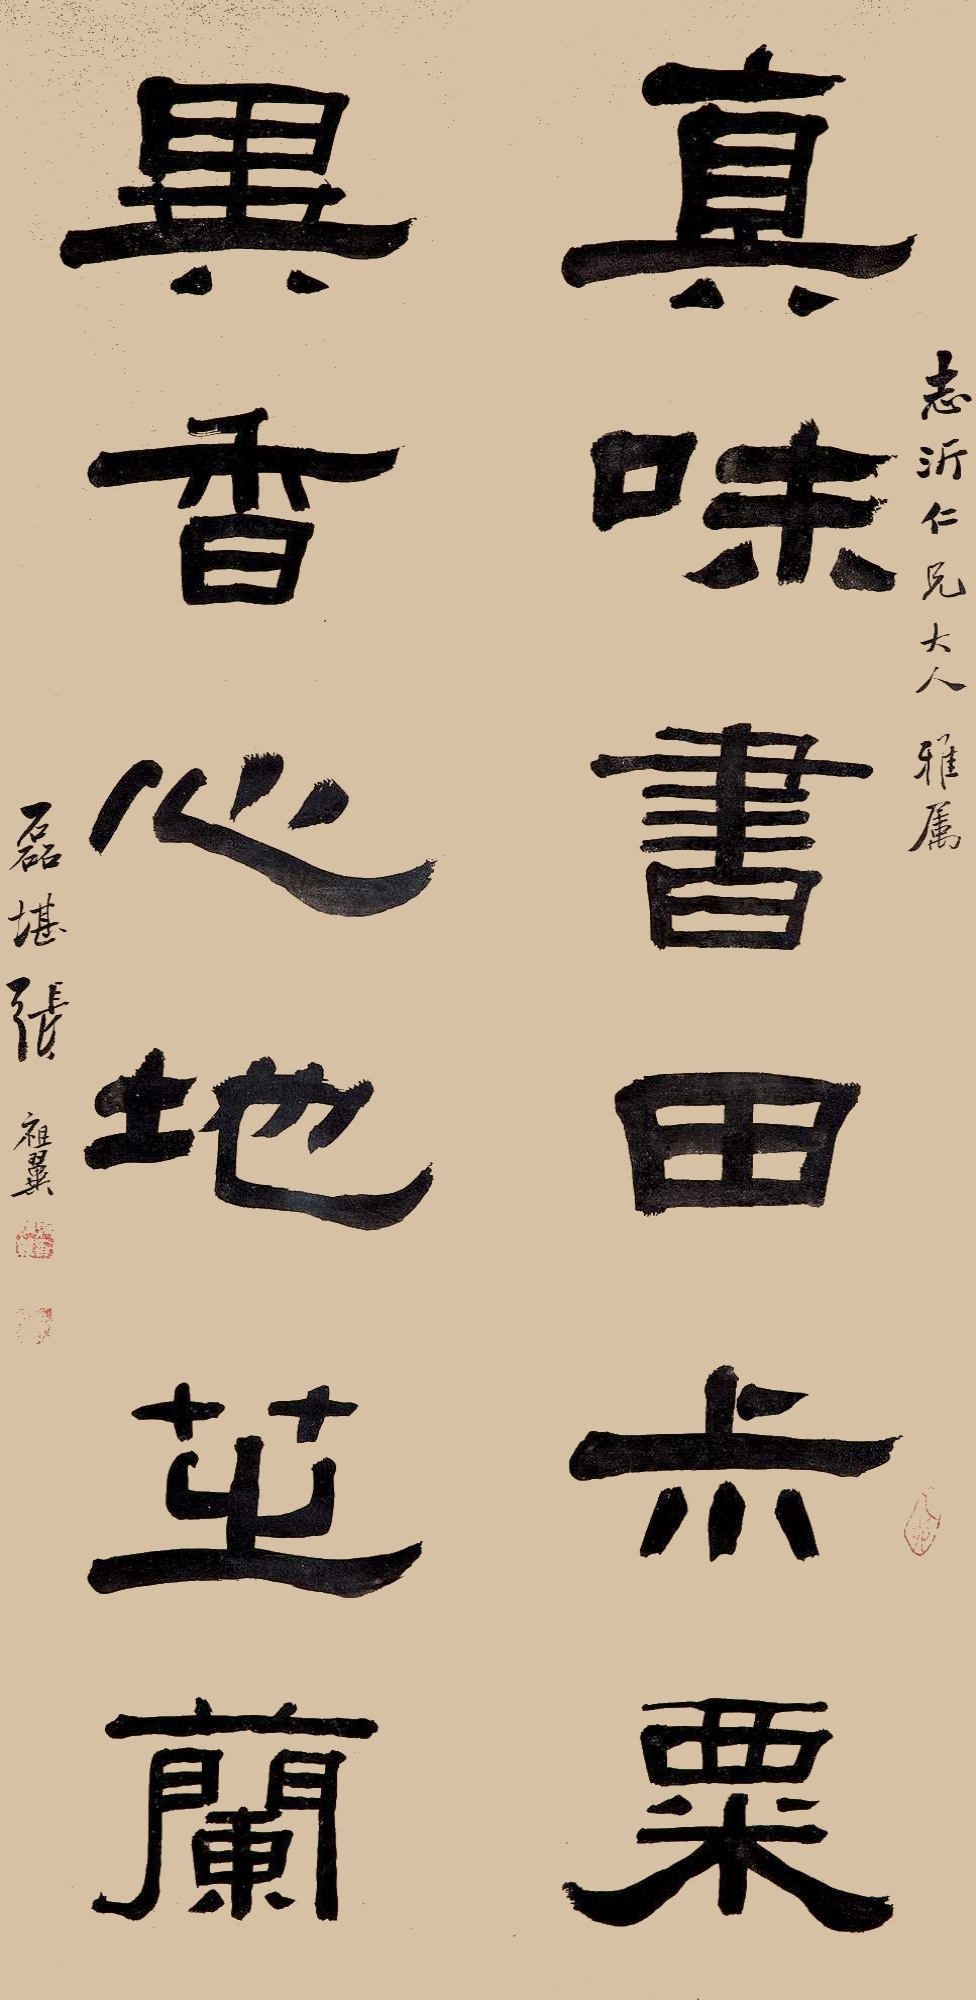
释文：真味书田菽粟，异香心地芝兰。志沂仁兄大人雅属，磊堪张祖翼。